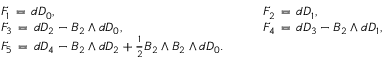
\begin{array} { l c l } { { F _ { 1 } \, = \, d D _ { 0 } , } } & { { \quad } } & { { F _ { 2 } \, = \, d D _ { 1 } , } } \\ { { F _ { 3 } \, = \, d D _ { 2 } - B _ { 2 } \wedge d D _ { 0 } , } } & { { } } & { { F _ { 4 } \, = \, d D _ { 3 } - B _ { 2 } \wedge d D _ { 1 } , } } \\ { { F _ { 5 } \, = \, d D _ { 4 } - B _ { 2 } \wedge d D _ { 2 } + { \frac { 1 } { 2 } } B _ { 2 } \wedge B _ { 2 } \wedge d D _ { 0 } . } } & { { } } & { { ~ } } \end{array}